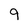
Character: 9